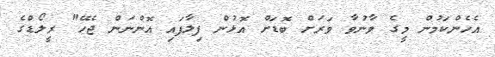
އެހެންކަމުން މީގެ ވާނުވާ ވަރަށް ބޮޑަށް އޮޅުން ފިލާފައި އޮންނަން ޖެހޭ" ރީލޯޑްގެ